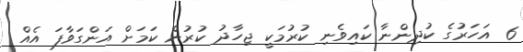
6 އަހަރުގެ ކުދިންނާ ކައިވެނި ކުރުމަކީ ޖިހާދު ކުރުން ކަމަށް އަންގަވާފަ އެއް